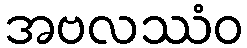
အဗလဿံဝ